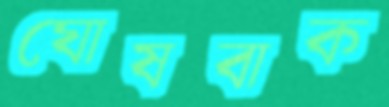
ঘোষবাক